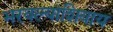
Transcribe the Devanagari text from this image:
भरवल्याशिवाय